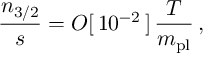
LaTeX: \frac { n _ { 3 / 2 } } { s } = O [ \, 1 0 ^ { - 2 } \, ] \, \frac { T } { m _ { \mathrm { p l } } } \, ,